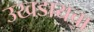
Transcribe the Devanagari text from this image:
उखडायचा